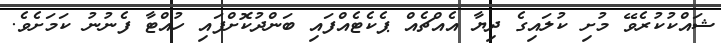
ޝައްކުކުރެވޭ މުށި ކުލައިގެ ދިޔާ އެއްޗެއް ޕެކެޓެއްފައި ބަންދުކޮށްފައި ހުއްޓާ ފެނުނު ކަމަށެވެ.